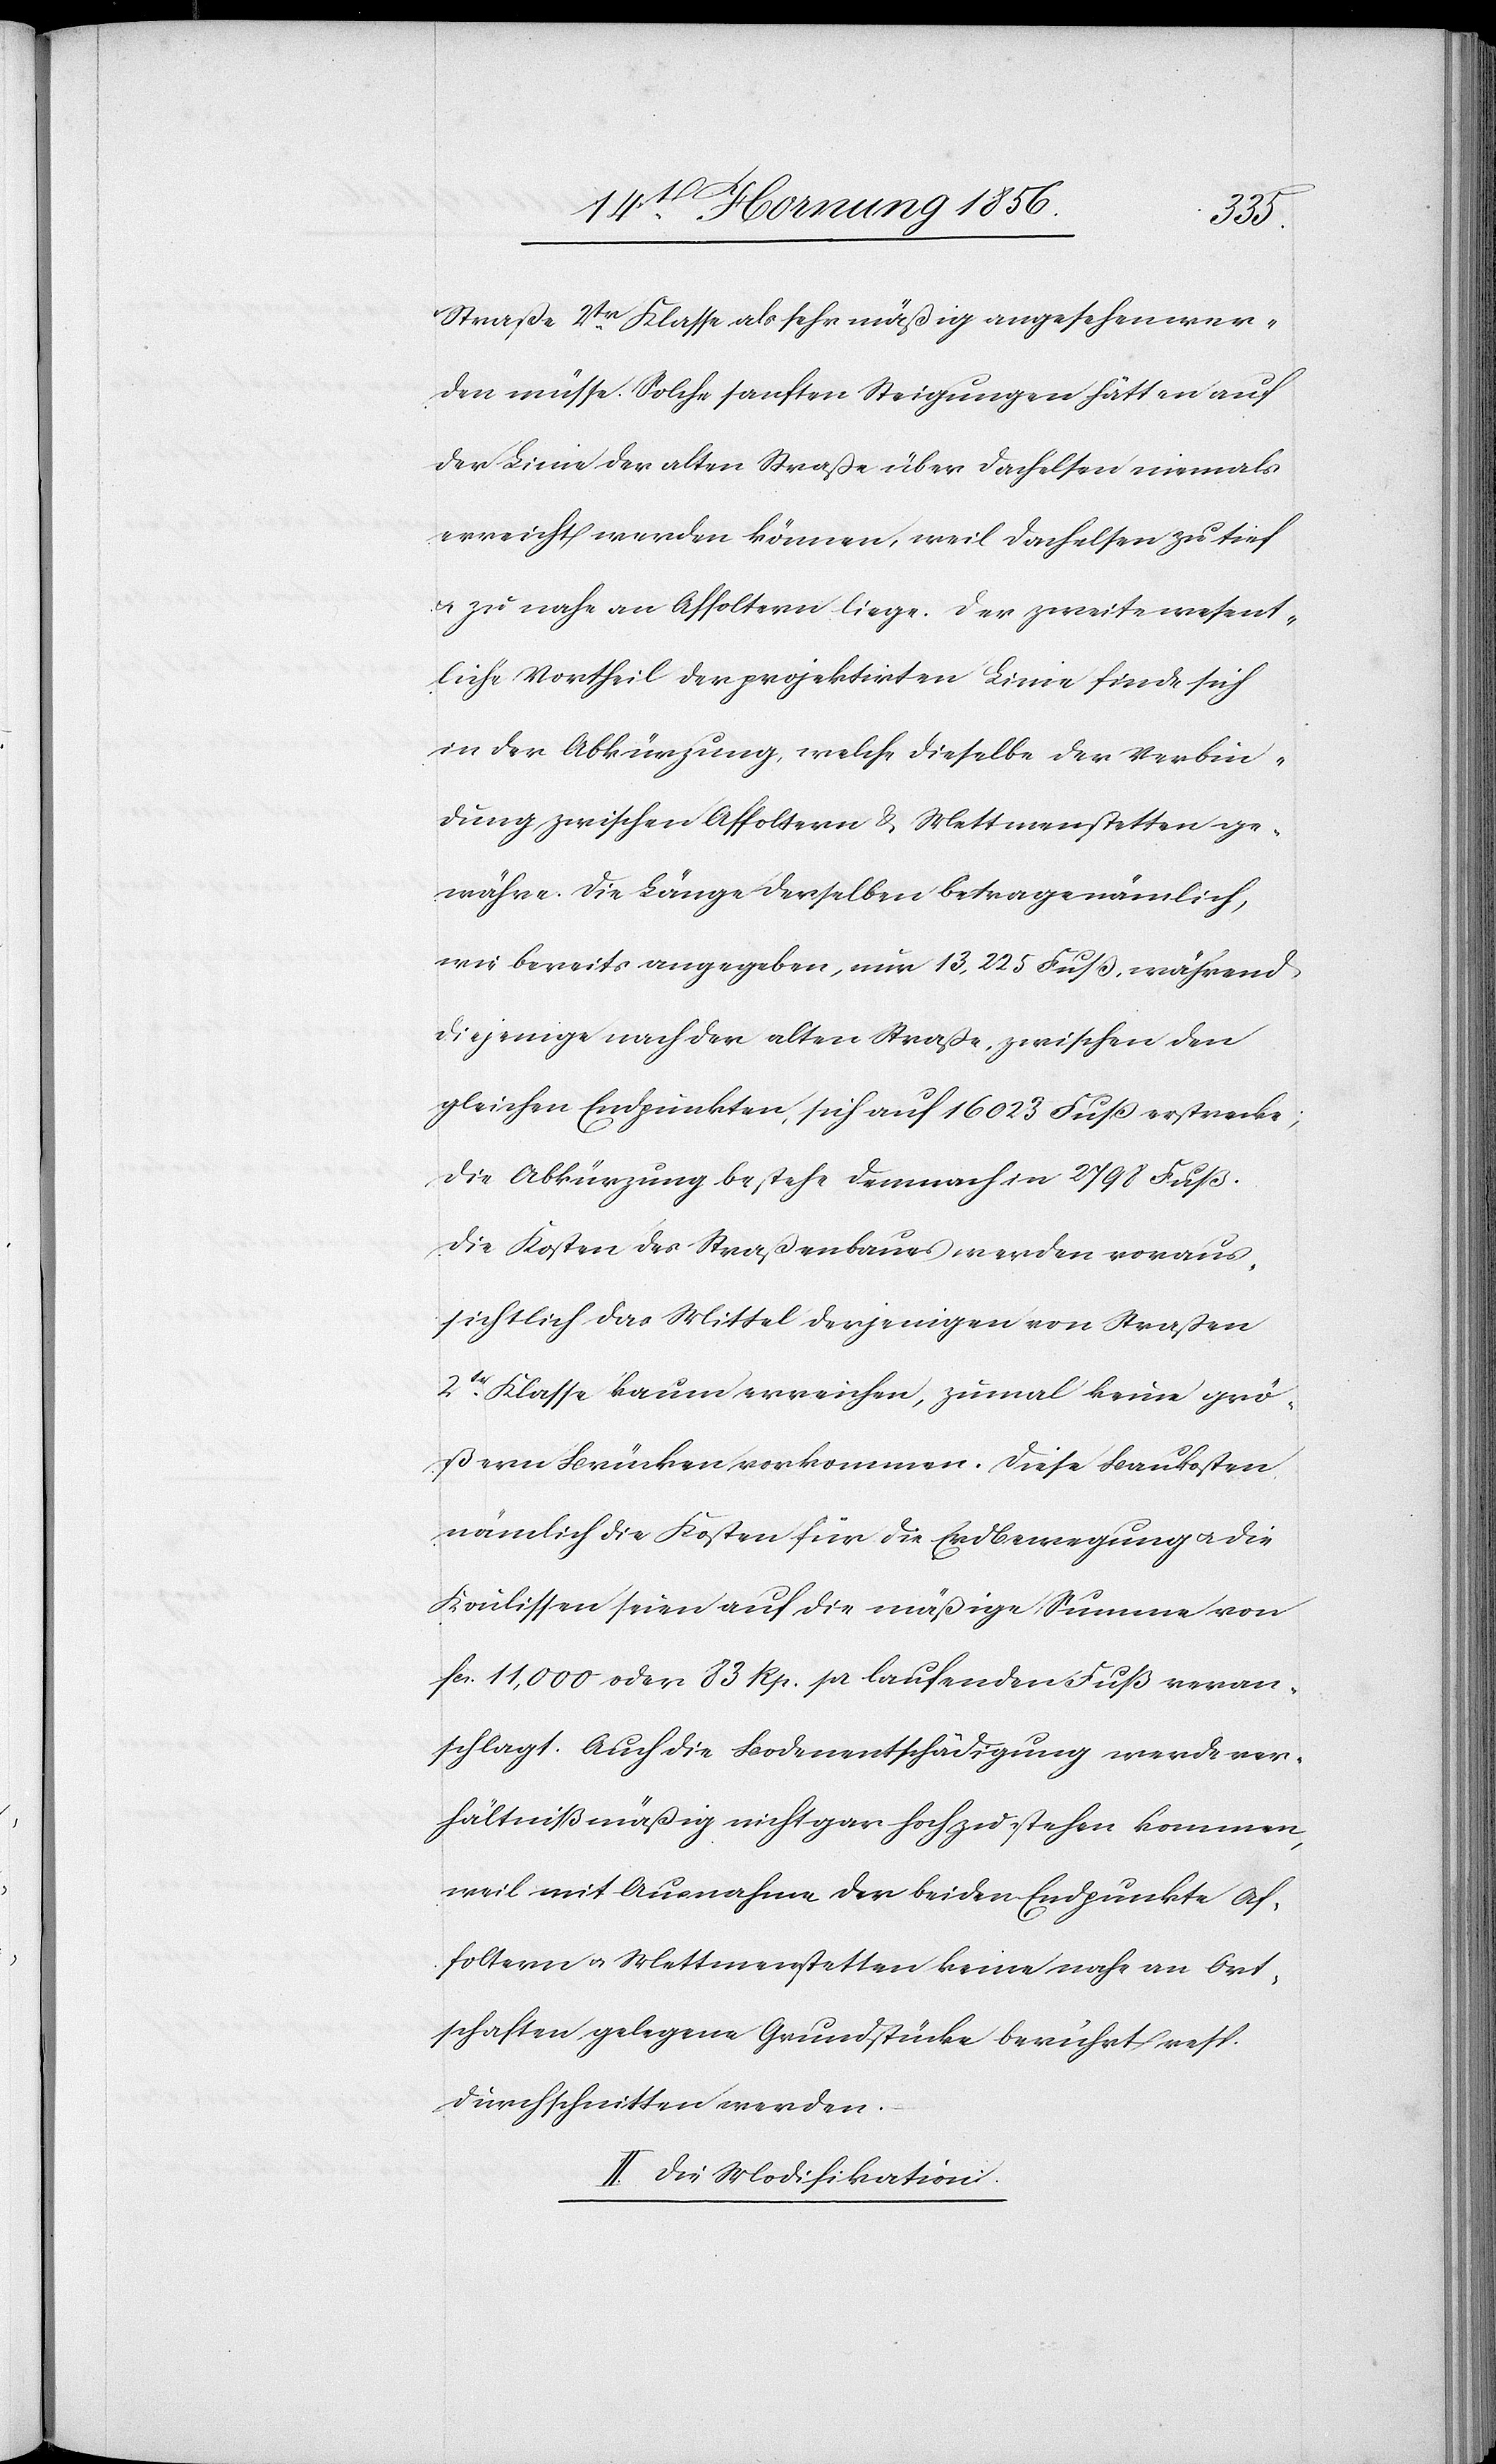
Straße 2tr Klasse als sehr mäßig angesehen wer¬
den müsse. Solche sanften Steigungen hätten auf
der Linie der alten Straße über Dachelsen niemals
erreicht werden können, weil Dachelsen zu tief
u. zu nahe an Affoltern liege. Der zweite wesent¬
liche Vortheil der projektirten Linie finde sich
in der Abkürzung, welche dieselbe der Verbin¬
dung zwischen Affoltern & Mettmenstetten ge¬
währe. Die Länge derselben betrage nämlich,
wie bereits angegeben, nur 13,225 Fuß, während
diejenige nach der alten Straße, zwischen den
gleichen Endpunkten, sich auf 16 023 Fuß erstrecke;
die Abkürzung bestehe demnach in 2798 Fuß.
Die Kosten des Straßenbaus werden voraus¬
sichtlich das Mittel derjenigen von Straßen
2tr Klasse kaum erreichen, zumal keine grö¬
ßern Brücken vorkommen. Diese Baukosten
nämlich die Kosten für die Erdbewegung u. die
Koulissen seien auf die mäßige Summe von
fcs. 11,000 oder 83 Rp. pr laufenden Fuß veran¬
schlagt. Auch die Bodenentschädigung werde ver¬
hältnißmäßig nicht gar hoch zu stehen kommen,
weil mit Ausnahme der beiden Endpunkte Af¬
foltern u. Mettmenstetten keine nahe an Ort¬
schaften gelegene Grundstücke berührt resp.
durchschnitten werden.
II. Die Modifikation: